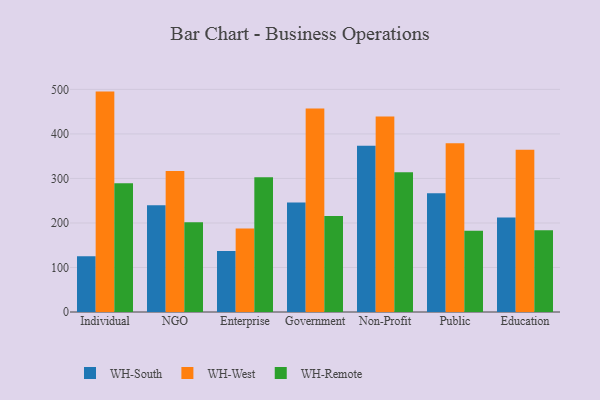
{"axis": {"x": "Segment", "y": "Shipments"}, "legend": ["WH-Remote", "WH-South", "WH-West"], "data": [{"x": "Individual", "y": 125.5, "type": "WH-South"}, {"x": "Individual", "y": 495.1, "type": "WH-West"}, {"x": "Individual", "y": 289.0, "type": "WH-Remote"}, {"x": "NGO", "y": 239.7, "type": "WH-South"}, {"x": "NGO", "y": 316.9, "type": "WH-West"}, {"x": "NGO", "y": 201.7, "type": "WH-Remote"}, {"x": "Enterprise", "y": 136.8, "type": "WH-South"}, {"x": "Enterprise", "y": 187.6, "type": "WH-West"}, {"x": "Enterprise", "y": 302.7, "type": "WH-Remote"}, {"x": "Government", "y": 246.1, "type": "WH-South"}, {"x": "Government", "y": 456.9, "type": "WH-West"}, {"x": "Government", "y": 215.8, "type": "WH-Remote"}, {"x": "Non-Profit", "y": 373.4, "type": "WH-South"}, {"x": "Non-Profit", "y": 439.1, "type": "WH-West"}, {"x": "Non-Profit", "y": 313.9, "type": "WH-Remote"}, {"x": "Public", "y": 267.0, "type": "WH-South"}, {"x": "Public", "y": 379.1, "type": "WH-West"}, {"x": "Public", "y": 182.7, "type": "WH-Remote"}, {"x": "Education", "y": 212.5, "type": "WH-South"}, {"x": "Education", "y": 364.6, "type": "WH-West"}, {"x": "Education", "y": 183.7, "type": "WH-Remote"}]}